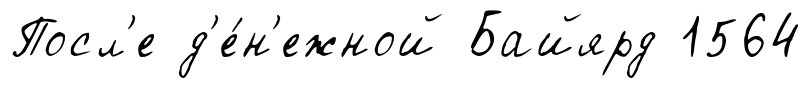
Посл'е д'е́н'ежной Байярд 1564